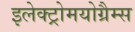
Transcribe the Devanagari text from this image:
इलेक्ट्रोमयोग्रैम्स